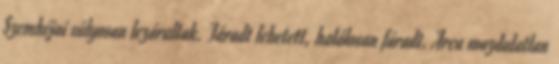
Szemhéjai súlyosan lezárultak. Fáradt lehetett, halálosan fáradt. Arca mozdulatlan